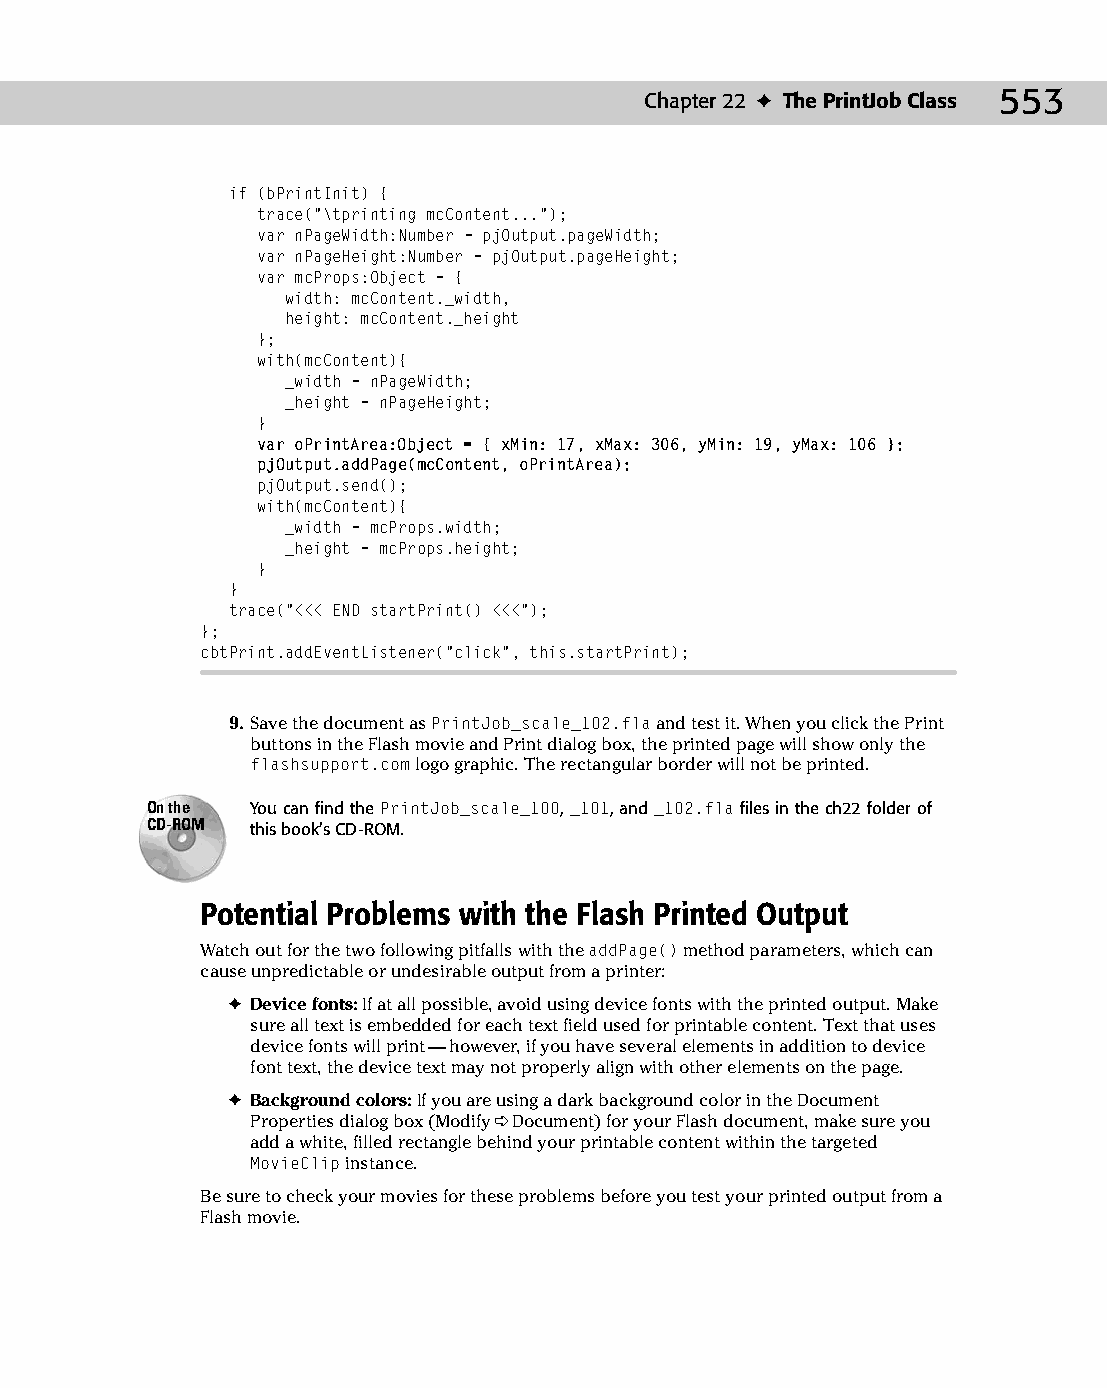
28 543547 ch22.qxd 3/24/04 4:09 PM Page 553
 Chapter 22 ✦ The PrintJob Class 553
 if (bPrintInit) {
 trace(“\tprinting mcContent...”);
 var nPageWidth:Number = pjOutput.pageWidth;
 var nPageHeight:Number = pjOutput.pageHeight;
 var mcProps:Object = {
 width: mcContent._width,
 height: mcContent._height
 };
 with(mcContent){
 _width = nPageWidth;
 _height = nPageHeight;
 }
 var oPrintArea:Object = { xMin: 17, xMax: 306, yMin: 19, yMax: 106 };
 pjOutput.addPage(mcContent, oPrintArea);
 pjOutput.send();
 with(mcContent){
 _width = mcProps.width;
 _height = mcProps.height;
 }
 }
 trace(“<<< END startPrint() <<<”);
 };
 cbtPrint.addEventListener(“click”, this.startPrint);
 9. Save the document as PrintJob_scale_102.fla and test it. When you click the Print
 buttons in the Flash movie and Print dialog box, the printed page will show only the
 flashsupport.com logo graphic. The rectangular border will not be printed.
 On the You can find the PrintJob_scale_100, _101, and _102.fla files in the ch22 folder of
 CD-ROM this book’s CD-ROM.
 Potential Problems with the Flash Printed Output
 Watch out for the two following pitfalls with the addPage() method parameters, which can
 cause unpredictable or undesirable output from a printer:
 ✦ Device fonts: If at all possible, avoid using device fonts with the printed output. Make
 sure all text is embedded for each text field used for printable content. Text that uses
 device fonts will print — however, if you have several elements in addition to device
 font text, the device text may not properly align with other elements on the page.
 ✦ Background colors: If you are using a dark background color in the Document
 Properties dialog box (Modify ➪ Document) for your Flash document, make sure you
 add a white, filled rectangle behind your printable content within the targeted
 MovieClip instance.
 Be sure to check your movies for these problems before you test your printed output from a
 Flash movie.